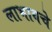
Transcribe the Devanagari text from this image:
लाभायचे